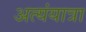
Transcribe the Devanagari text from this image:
अत्यंयात्रा